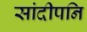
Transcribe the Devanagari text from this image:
सांदीपनि